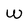
Character: w